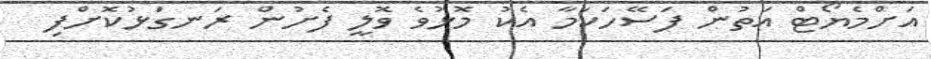
އަށްމެޔޯޓް އަތުން ފަސޭހަކަމާ އެކު މޮޅުވެ ވޮލީ ފެށުން ރަނގަޅުކޮށްފި